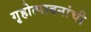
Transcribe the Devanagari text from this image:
गृहोत्पादनांची